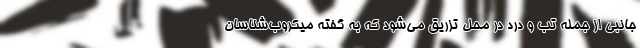
جانبی از جمله تب و درد در محل تزریق می‌شود که به گفته میکروب‌شناسان